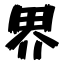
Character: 界